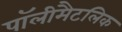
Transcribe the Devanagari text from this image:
पॉलीमैटलिक